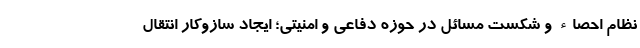
نظام احصاء و شکست مسائل در حوزه دفاعی و امنیتی؛ ایجاد سازوکار انتقال